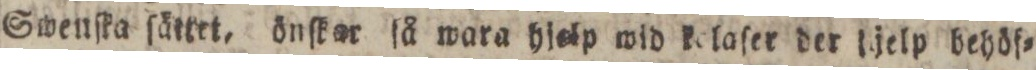
Swenſka ſättet, önſkor ſå wara hjelp wid kolaſer der djelp behöf=